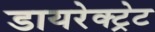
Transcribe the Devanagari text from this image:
डायरेक्ट्रेट